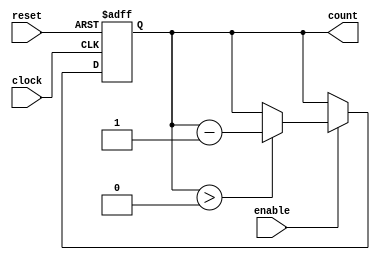
module BinaryDownCounter(enable, clock, reset, count);
  input enable, clock, reset;
  output reg [3:0] count;
  
  always @(posedge clock or posedge reset) begin
    if (reset) begin
      count <= 4'b1111; // initial preset value
    end else begin
      if (enable) begin
        if (count > 0) begin
          count <= count - 1;
        end
      end
    end
  end
  
endmodule